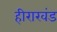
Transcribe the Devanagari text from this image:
हीराखंड